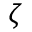
\zeta